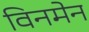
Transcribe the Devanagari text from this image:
विनमेन